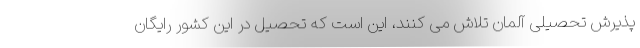
پذیرش تحصیلی آلمان تلاش می کنند، این است که تحصیل در این کشور رایگان